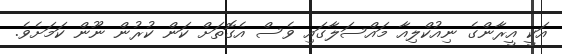
އަކީ އީރާންގެ ނިއުކްލިއާ މައްސަލާގައި ވެސް އެގޮތަށް ކަން ކުރުން ނޫން ކަމަށެވެ.